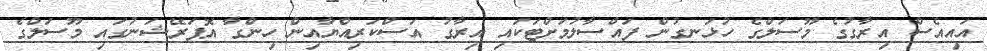
އައިއެސް އިރާގުގެ މޫސަލްގެ ހުޅަނގުން ފައްސާލުމަށްޓަކައި އިރާގު އަސްކަރިއްޔާއިން ހިންގާ އޮޕަރޭޝަނުގައި މޫސަލްގެ